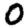
Digit: 0